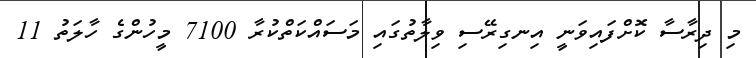
މި ދިރާސާ ކޮށްފައިވަނީ އިނގިރޭސި ވިލާތުގައި މަސައްކަތްކުރާ 7100 މީހުންގެ ހާލަތު 11